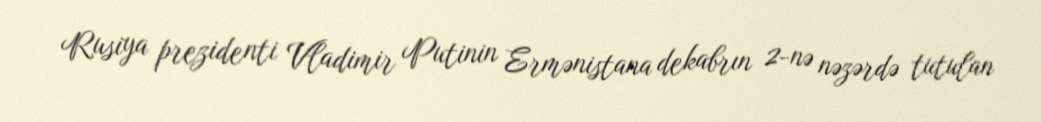
Rusiya prezidenti Vladimir Putinin Ermənistana dekabrın 2-nə nəzərdə tutulan